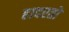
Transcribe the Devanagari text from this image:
हादरतो